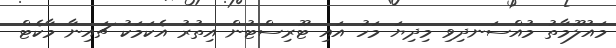
މައުލޫމާތު މުއްސަނދިވި މިދިޔަ މަހު އައި ޓޫރިސްޓުން އިތުރު އެކަމަކު ޗައިނާ މާކެޓް